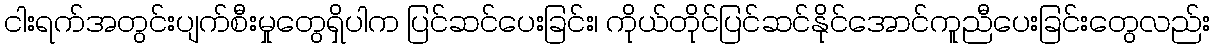
ငါးရက်အတွင်းပျက်စီးမှုတွေရှိပါက ပြင်ဆင်ပေးခြင်း၊ ကိုယ်တိုင်ပြင်ဆင်နိုင်အောင်ကူညီပေးခြင်းတွေလည်း